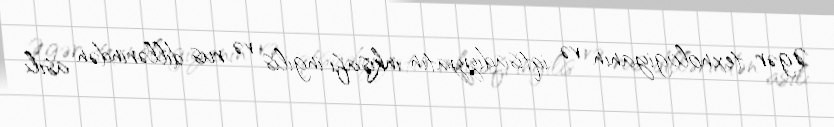
Əgər texnologiyanın və iqtisadiyyatın inkişafı ingilis və rus dillərindən asılı